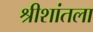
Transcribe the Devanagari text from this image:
श्रीशांतला